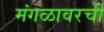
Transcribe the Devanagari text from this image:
मंगळावरची